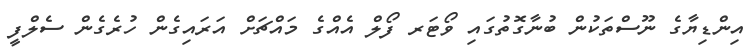
އިންޑިޔާގެ ނޫސްތަކުން ބުނާގޮތުގައި ވޯޓަރ ފޯލް އެއްގެ މައްޗަށް އަރައިގެން ހުރެގެން ސެލްފީ